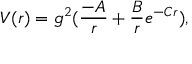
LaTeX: V ( r ) = g ^ { 2 } ( { \frac { - A } { r } } + { \frac { B } { r } } e ^ { - C r } ) ,